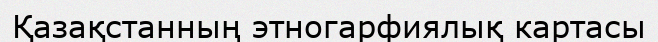
Қазақстанның этногарфиялық картасы